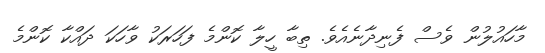
މާހައުލުން ވެސް ފެނިދާނެއެވެ. ތިބާ ހީލާ ކޮންމެ ފަހަރަކު ވާހަކަ ދައްކާ ކޮންމެ